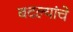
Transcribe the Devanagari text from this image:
बदल्यांचे